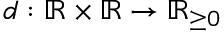
d : \mathbb { R } \times \mathbb { R } \to \mathbb { R } _ { \geq 0 }